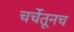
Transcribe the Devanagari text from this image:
चर्चेतूनच